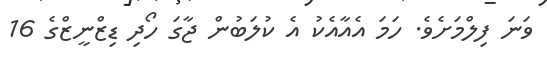
ވަނަ ފިލްމަށެވެ. ހަމަ އެއާއެކު އެ ކުލަބުން ޖާގަ ހޯދި ޑިޒްނީޒްގެ 16